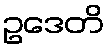
ဥဒေတိ